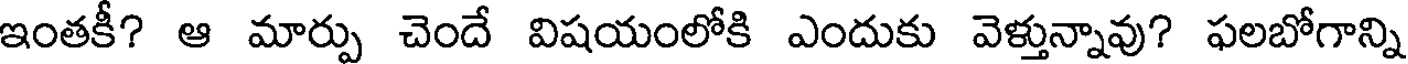
ఇంతకీ? ఆ మార్పు చెందే విషయంలోకి ఎందుకు వెళ్తున్నావు? ఫలబోగాన్ని